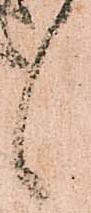
候